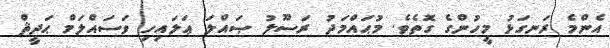
އެންމެ ރަނގަޅު މީހުންގެ ގޮތެވެ. މުޙައްމަދު ރަސޫލު ޞައްލަ ޢަލައިހި ވަސައްލަމް ޙަދީޘް